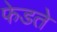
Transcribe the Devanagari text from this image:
फेडते